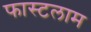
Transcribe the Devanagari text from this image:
फास्टलाम